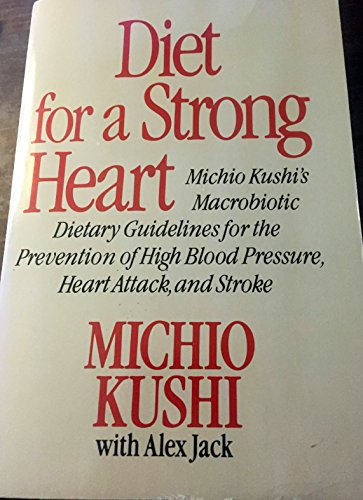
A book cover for Diet for a Strong Heart: Dietary Guidelines for the Prevention of High Blood Pressure, Heart....; Michio Kushi; Health, Fitness & Dieting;